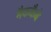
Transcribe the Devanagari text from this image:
मैककैबे